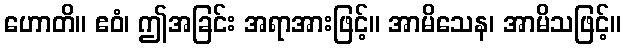
ဟောတိ။ ဧဝံ၊ ဤအခြင်း အရာအားဖြင့်။ အာမိသေန၊ အာမိသဖြင့်။